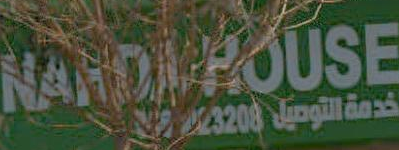
NARDAROUSE